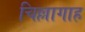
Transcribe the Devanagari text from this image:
चिल्लागाह